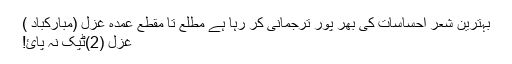
بہترین شعر احساسات کی بھر پور ترجمانی کر رہا ہے مطلع تا مقطع عمدہ غزل (مبارکباد )
غزل (2)ٹپک نہ پائ!